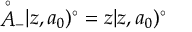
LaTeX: { \mathop { A } ^ { \circ } } _ { - } | z , a _ { 0 } ) ^ { \circ } = z | z , a _ { 0 } ) ^ { \circ }